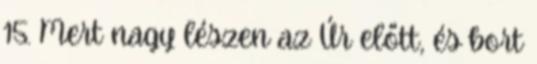
15. Mert nagy lészen az Úr előtt, és bort